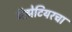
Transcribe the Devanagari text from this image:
गॅझेटियरचा